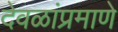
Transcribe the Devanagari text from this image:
देवळांप्रमाणे